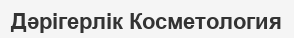
Дәрігерлік Косметология